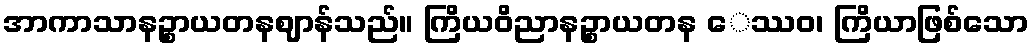
အာကာသာနဉ္စာယတနဈာန်သည်။ ကြိယဝိညာနဉ္စာယတန ေဿဝ၊ ကြိယာဖြစ်သော